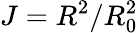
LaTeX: J=R^{2}/R_{0}^{2}